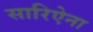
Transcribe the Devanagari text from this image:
सारिऐना